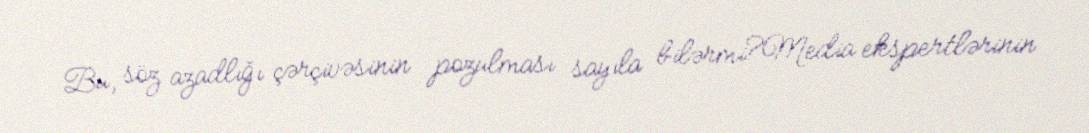
Bu, söz azadlığı çərçivəsinin pozulması sayıla bilərmi?Media ekspertlərinin